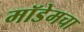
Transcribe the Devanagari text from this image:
मॉडेमचा